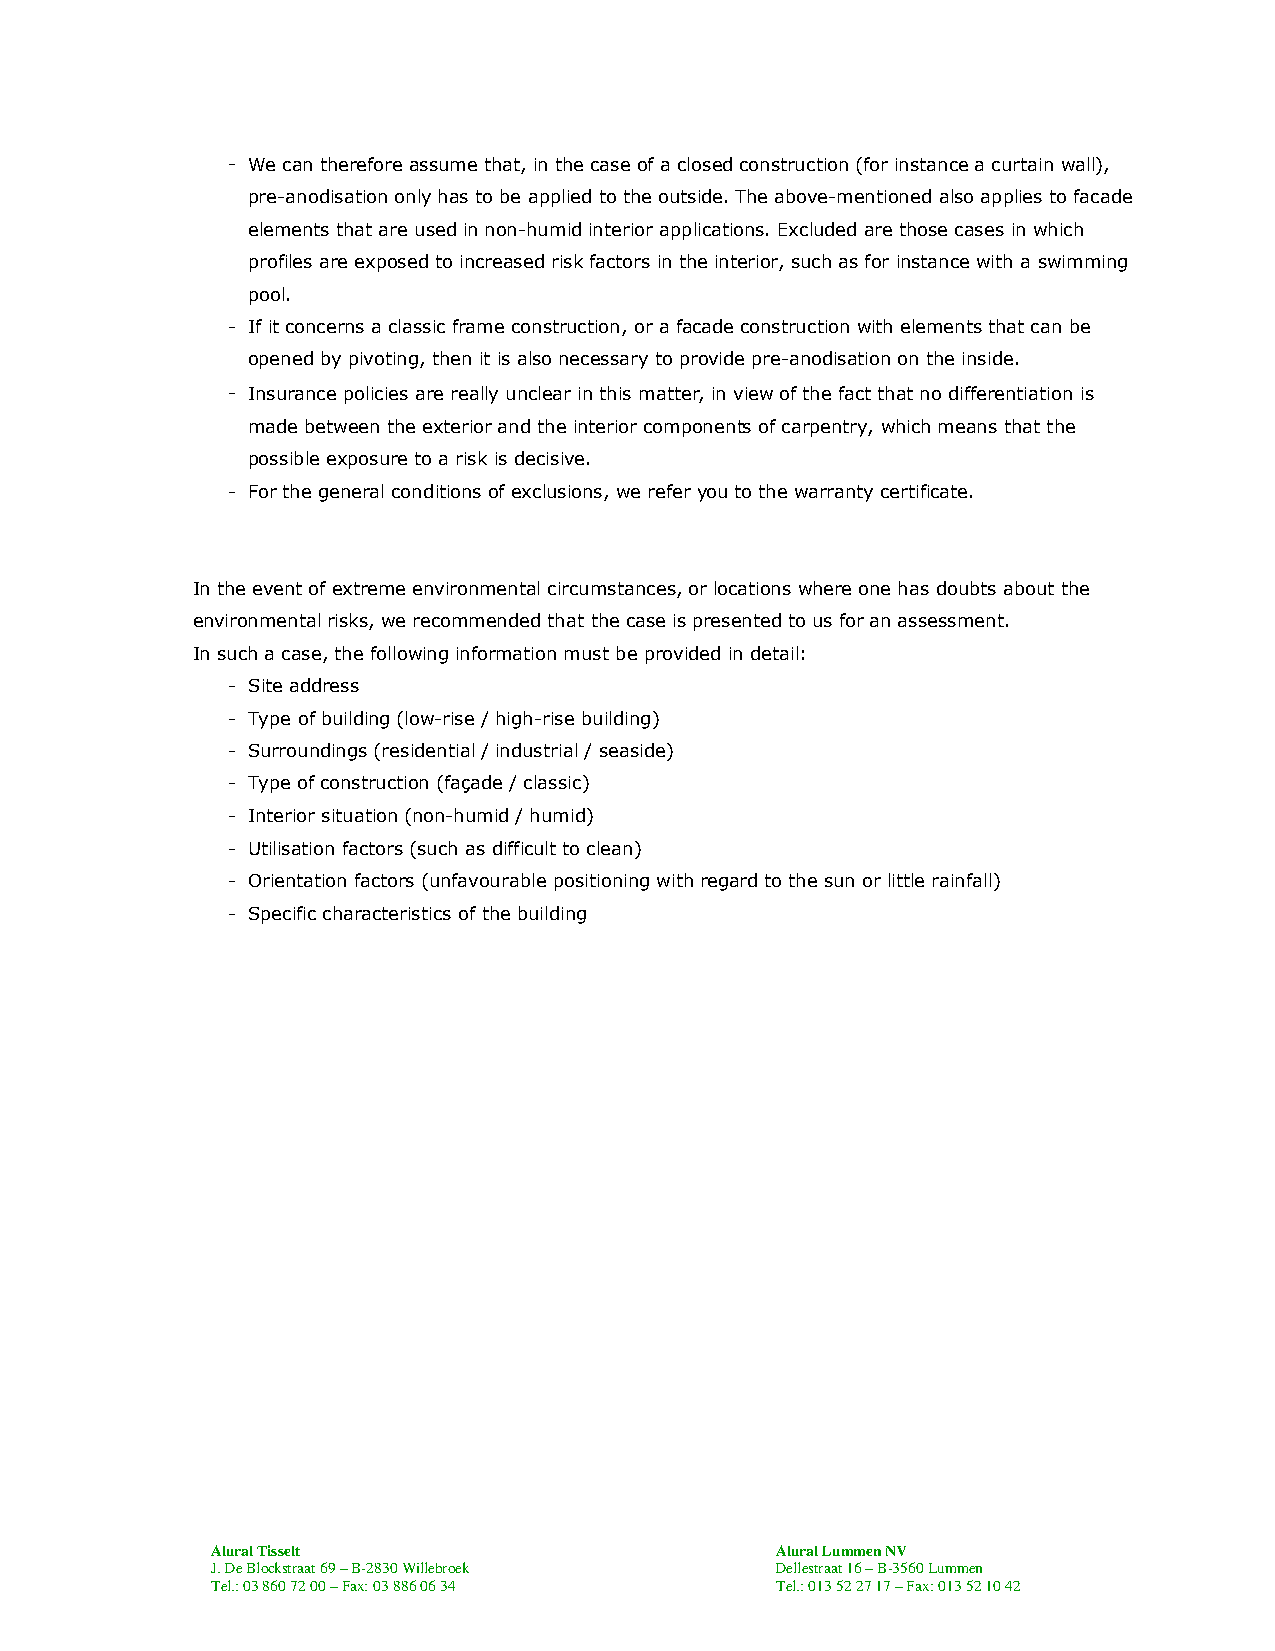
- We can therefore assume that, in the case of a closed construction (for instance a curtain wall),
 pre-anodisation only has to be applied to the outside. The above-mentioned also applies to facade
 elements that are used in non-humid interior applications. Excluded are those cases in which
 profiles are exposed to increased risk factors in the interior, such as for instance with a swimming
 pool.
 - If it concerns a classic frame construction, or a facade construction with elements that can be
 opened by pivoting, then it is also necessary to provide pre-anodisation on the inside.
 - Insurance policies are really unclear in this matter, in view of the fact that no differentiation is
 made between the exterior and the interior components of carpentry, which means that the
 possible exposure to a risk is decisive.
 - For the general conditions of exclusions, we refer you to the warranty certificate.
 In the event of extreme environmental circumstances, or locations where one has doubts about the
 environmental risks, we recommended that the case is presented to us for an assessment.
 In such a case, the following information must be provided in detail:
 - Site address
 - Type of building (low-rise / high-rise building)
 - Surroundings (residential / industrial / seaside)
 - Type of construction (façade / classic)
 - Interior situation (non-humid / humid)
 - Utilisation factors (such as difficult to clean)
 - Orientation factors (unfavourable positioning with regard to the sun or little rainfall)
 - Specific characteristics of the building
 Alural Tisselt                       Alural Lummen NV
 J. De Blockstraat 69 – B-2830 Willebroek Dellestraat 16 – B-3560 Lummen
 Tel.: 03 860 72 00 – Fax: 03 886 06 34 Tel.: 013 52 27 17 – Fax: 013 52 10 42